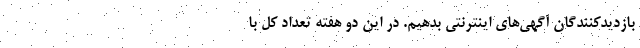
بازدیدکنندگان آگهی‌های اینترنتی بدهیم. در این دو هفته تعداد کل با